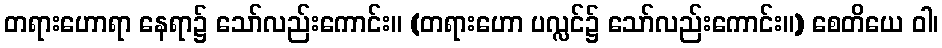
တရားဟောရာ နေရာ၌ သော်လည်းကောင်း။ (တရားဟော ပလ္လင်၌ သော်လည်းကောင်း။) စေတိယေ ဝါ၊